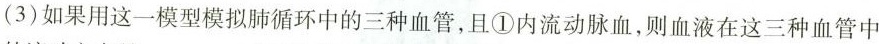
(3)如果用这一模型模拟肺循环中的三种血管，且①内流动脉血，则血液在这三种血管中